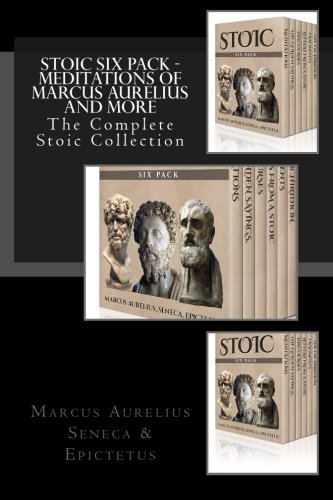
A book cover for Stoic Six Pack - Meditations of Marcus Aurelius and More: The Complete Stoic Collection; Marcus Aurelius; Politics & Social Sciences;